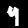
Digit: 9